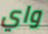
واي